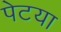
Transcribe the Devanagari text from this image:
पेटया